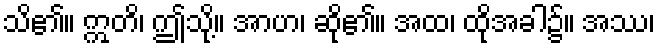
သိ၏။ ဣတိ၊ ဤသို့။ အာဟ၊ ဆို၏။ အထ၊ ထိုအခါ၌။ အဿ၊